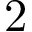
2